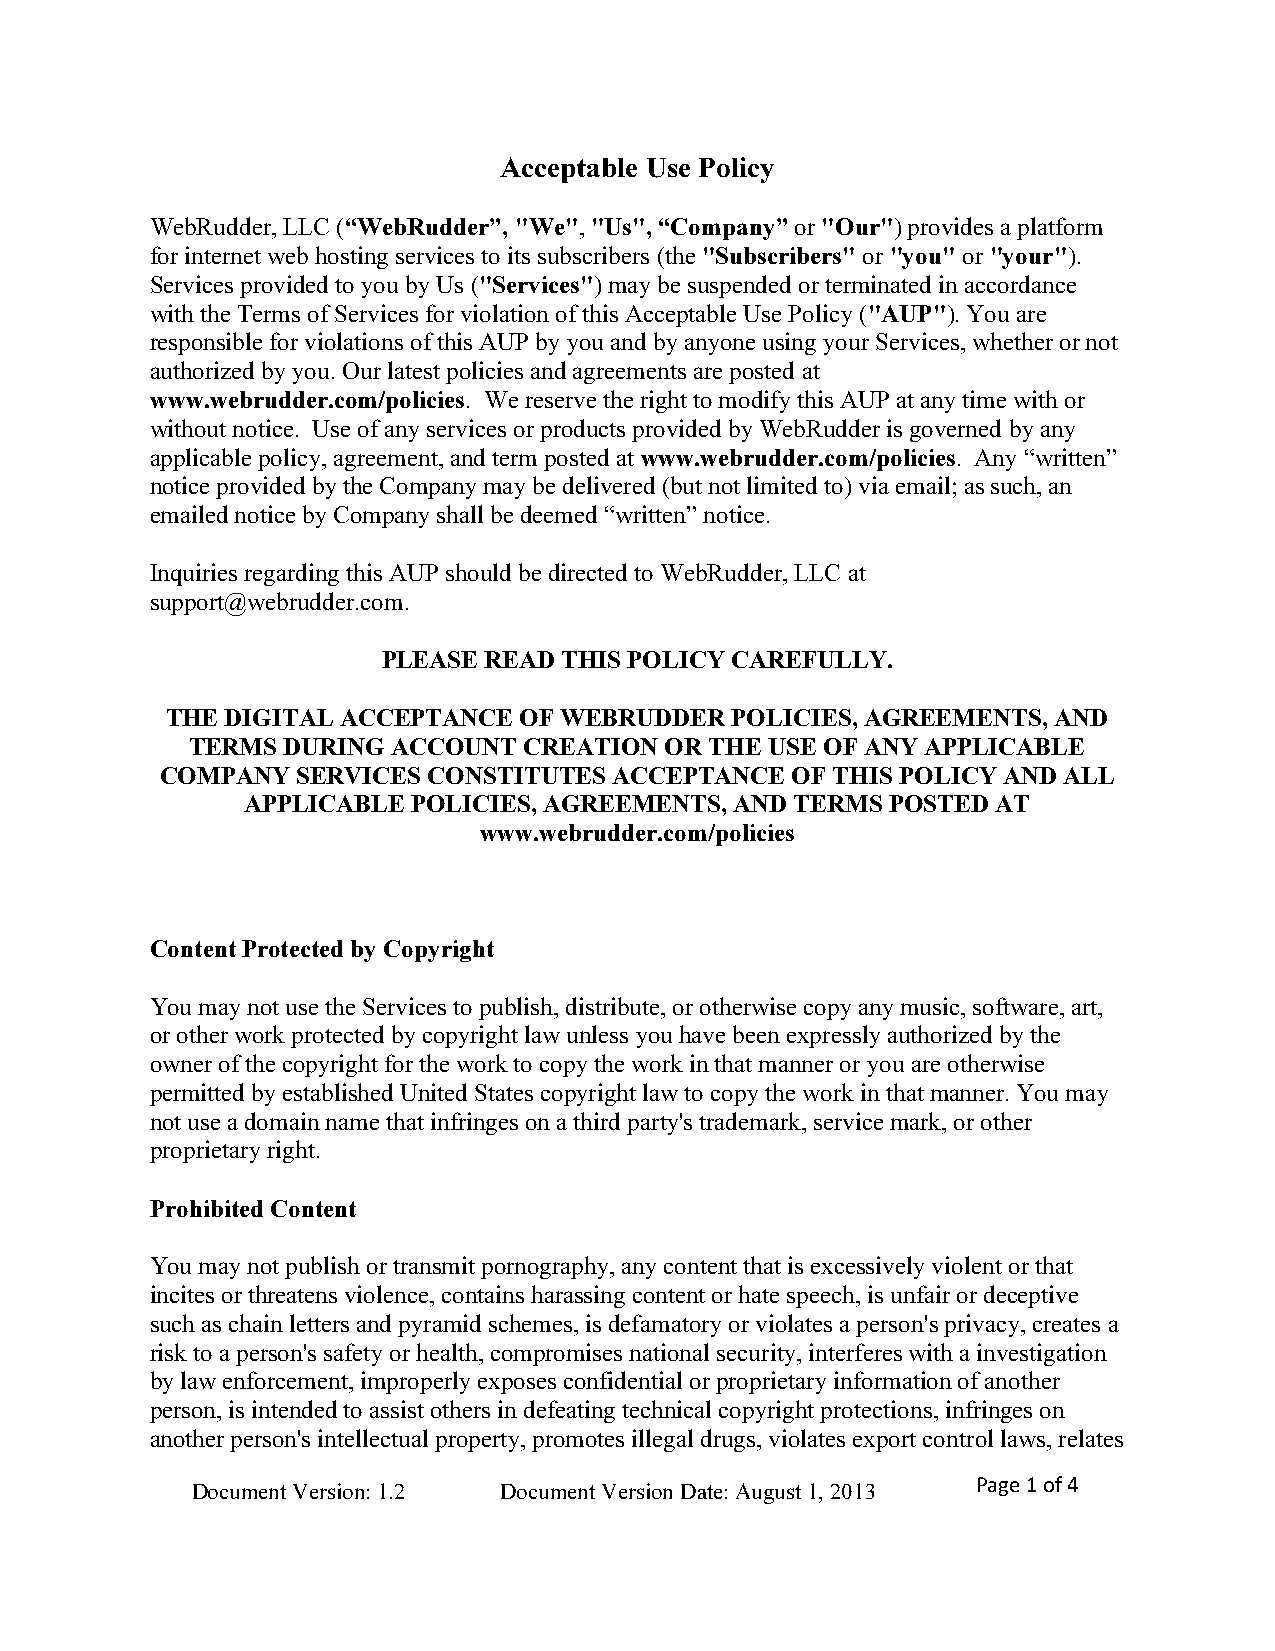
Acceptable Use Policy
 WebRudder, LLC (“WebRudder”, "We", "Us", “Company” or "Our") provides a platform
 for internet web hosting services to its subscribers (the "Subscribers" or "you" or "your").
 Services provided to you by Us ("Services") may be suspended or terminated in accordance
 with the Terms of Services for violation of this Acceptable Use Policy ("AUP"). You are
 responsible for violations of this AUP by you and by anyone using your Services, whether or not
 authorized by you. Our latest policies and agreements are posted at
 www.webrudder.com/policies. We reserve the right to modify this AUP at any time with or
 without notice. Use of any services or products provided by WebRudder is governed by any
 applicable policy, agreement, and term posted at www.webrudder.com/policies. Any “written”
 notice provided by the Company may be delivered (but not limited to) via email; as such, an
 emailed notice by Company shall be deemed “written” notice.
 Inquiries regarding this AUP should be directed to WebRudder, LLC at
 support@webrudder.com.
 PLEASE READ THIS POLICY CAREFULLY.
 THE DIGITAL ACCEPTANCE OF WEBRUDDER  POLICIES, AGREEMENTS, AND
 TERMS DURING ACCOUNT  CREATION OR THE USE OF ANY APPLICABLE
 COMPANY  SERVICES CONSTITUTES ACCEPTANCE OF THIS POLICY AND ALL
 APPLICABLE POLICIES, AGREEMENTS, AND TERMS POSTED AT
 www.webrudder.com/policies
 Content Protected by Copyright
 You may not use the Services to publish, distribute, or otherwise copy any music, software, art,
 or other work protected by copyright law unless you have been expressly authorized by the
 owner of the copyright for the work to copy the work in that manner or you are otherwise
 permitted by established United States copyright law to copy the work in that manner. You may
 not use a domain name that infringes on a third party's trademark, service mark, or other
 proprietary right.
 Prohibited Content
 You may not publish or transmit pornography, any content that is excessively violent or that
 incites or threatens violence, contains harassing content or hate speech, is unfair or deceptive
 such as chain letters and pyramid schemes, is defamatory or violates a person's privacy, creates a
 risk to a person's safety or health, compromises national security, interferes with a investigation
 by law enforcement, improperly exposes confidential or proprietary information of another
 person, is intended to assist others in defeating technical copyright protections, infringes on
 another person's intellectual property, promotes illegal drugs, violates export control laws, relates
 Page 1 of 4
 Document Version: 1.2 Document Version Date: August 1, 2013